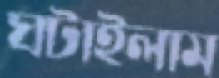
ঘটাইলাম